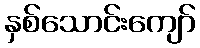
နှစ်သောင်းကျော်